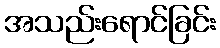
အသည်းရောင်ခြင်း